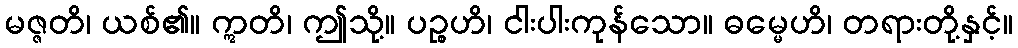
မဇ္ဇတိ၊ ယစ်၏။ ဣတိ၊ ဤသို့။ ပဉ္စဟိ၊ ငါးပါးကုန်သော။ ဓမ္မေဟိ၊ တရားတို့နှင့်။